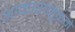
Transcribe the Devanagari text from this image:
आकारानुक्रमे